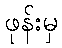
ဖုန်းမှ